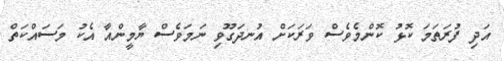
އަދި ފުރަތަމަ ކޮޅު ކޮންމެވެސް ވަރަކަށް އުނދަގޫވި ނަމަވެސް ޔާމީންއާ އެކު މަސައްކަތް